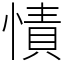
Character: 㥽